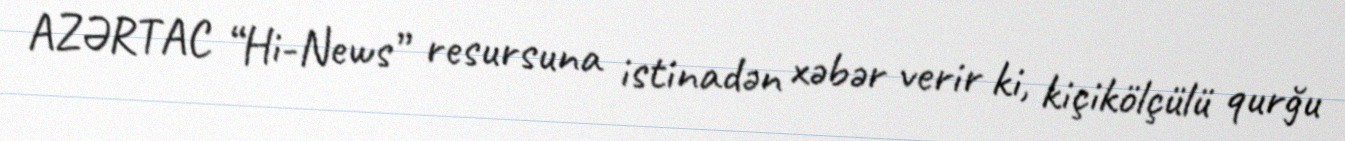
AZƏRTAC “Hi-News” resursuna istinadən xəbər verir ki, kiçikölçülü qurğu